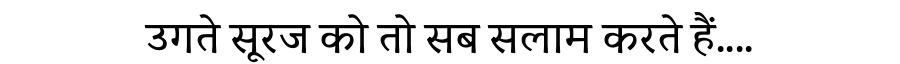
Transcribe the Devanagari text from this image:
उगते सूरज को तो सब सलाम करते हैं....